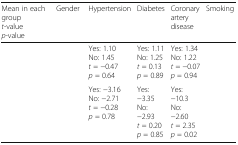
<table><thead><tr><td><b>Mean in each group<i>t</i>-value<i>p</i>-value</b></td><td><b>Gender</b></td><td><b>Hypertension</b></td><td><b>Diabetes</b></td><td><b>Coronary artery disease</b></td><td><b>Smoking</b></td></tr></thead><tbody><tr><td>[EMPTY_CELL]</td><td>[EMPTY_CELL]</td><td>Yes: 1.10No: 1.45<i>t</i> = −0.47<i>p</i> = 0.64</td><td>Yes: 1.11No: 1.25<i>t</i> = 0.13<i>p</i> = 0.89</td><td>Yes: 1.34No: 1.22<i>t</i> = −0.07<i>p</i> = 0.94</td><td>[EMPTY_CELL]</td></tr><tr><td>[EMPTY_CELL]</td><td>[EMPTY_CELL]</td><td>Yes: −3.16No: −2.71<i>t</i> = −0.28<i>p</i> = 0.78</td><td>Yes: −3.35No: −2.93<i>t</i> = 0.20<i>p</i> = 0.85</td><td>Yes: −10.3No: −2.60<i>t</i> = 2.35<i>p</i> = 0.02</td><td>[EMPTY_CELL]</td></tr></tbody></table>